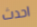
احدث